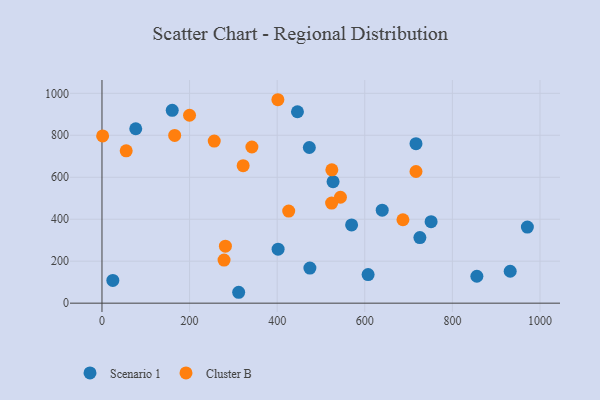
{"axis": {"x": "Investment", "y": "Fuel Efficiency"}, "legend": ["Cluster B", "Scenario 1"], "data": [{"x": "446.3", "y": 912.0, "type": "Scenario 1"}, {"x": "77.1", "y": 831.2, "type": "Scenario 1"}, {"x": "725.8", "y": 312.4, "type": "Scenario 1"}, {"x": "932.0", "y": 152.2, "type": "Scenario 1"}, {"x": "402.1", "y": 257.4, "type": "Scenario 1"}, {"x": "24.8", "y": 108.4, "type": "Scenario 1"}, {"x": "639.8", "y": 443.2, "type": "Scenario 1"}, {"x": "312.1", "y": 51.9, "type": "Scenario 1"}, {"x": "473.4", "y": 741.7, "type": "Scenario 1"}, {"x": "751.4", "y": 388.1, "type": "Scenario 1"}, {"x": "716.9", "y": 759.8, "type": "Scenario 1"}, {"x": "527.6", "y": 578.9, "type": "Scenario 1"}, {"x": "474.7", "y": 167.1, "type": "Scenario 1"}, {"x": "160.4", "y": 918.7, "type": "Scenario 1"}, {"x": "971.2", "y": 362.6, "type": "Scenario 1"}, {"x": "607.6", "y": 136.1, "type": "Scenario 1"}, {"x": "569.9", "y": 372.7, "type": "Scenario 1"}, {"x": "855.9", "y": 128.2, "type": "Scenario 1"}, {"x": "322.3", "y": 655.1, "type": "Cluster B"}, {"x": "544.4", "y": 504.6, "type": "Cluster B"}, {"x": "716.9", "y": 627.4, "type": "Cluster B"}, {"x": "1.5", "y": 796.8, "type": "Cluster B"}, {"x": "55.3", "y": 725.8, "type": "Cluster B"}, {"x": "524.3", "y": 477.1, "type": "Cluster B"}, {"x": "166.0", "y": 799.1, "type": "Cluster B"}, {"x": "342.3", "y": 744.1, "type": "Cluster B"}, {"x": "199.9", "y": 895.5, "type": "Cluster B"}, {"x": "256.3", "y": 772.6, "type": "Cluster B"}, {"x": "687.1", "y": 397.6, "type": "Cluster B"}, {"x": "281.8", "y": 271.5, "type": "Cluster B"}, {"x": "426.3", "y": 438.6, "type": "Cluster B"}, {"x": "278.7", "y": 205.2, "type": "Cluster B"}, {"x": "524.8", "y": 635.3, "type": "Cluster B"}, {"x": "401.6", "y": 969.4, "type": "Cluster B"}]}